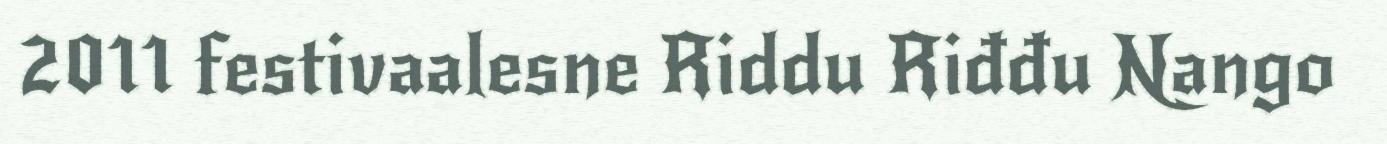
2011 festivaalesne Riddu Riđđu Nango